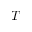
T